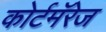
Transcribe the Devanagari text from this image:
कोर्टमॅरेज